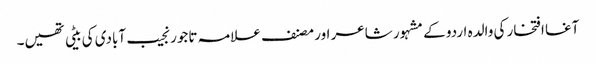
آغا افتخار کی والدہ اردو کے مشہور شاعر اور مصنف علامہ تاجور نجیب آبادی کی بیٹی تھیں۔